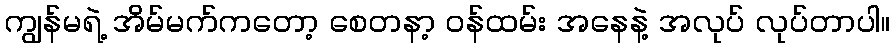
ကျွန်မရဲ့ အိမ်မက်ကတော့ စေတနာ့ ဝန်ထမ်း အနေနဲ့ အလုပ် လုပ်တာပါ။